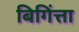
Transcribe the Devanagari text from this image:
बिगिंत्ता